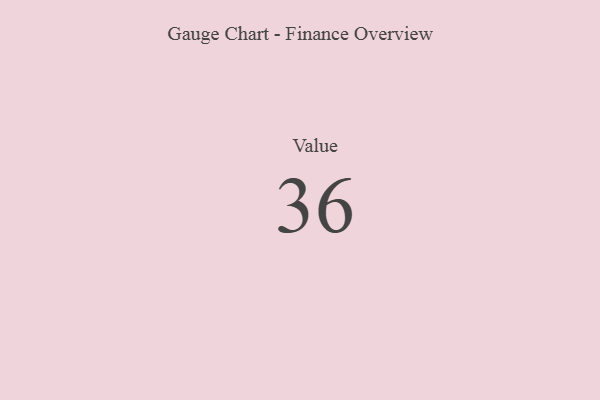
{"axis": {"x": "Metric", "y": "Value"}, "legend": [""], "data": [{"x": "Value", "y": 36, "type": ""}]}